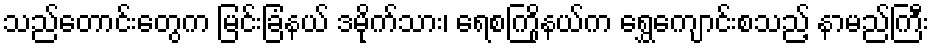
သည်တောင်းတွေက မြင်းခြံနယ် ဒမိုက်သား၊ ရေစကြိုနယ်က ရွှေကျောင်းစသည့် နာမည်ကြီး